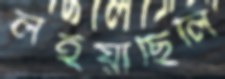
লইয়াছিলি